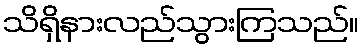
သိရှိနားလည်သွားကြသည်။